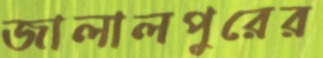
জালালপুরের